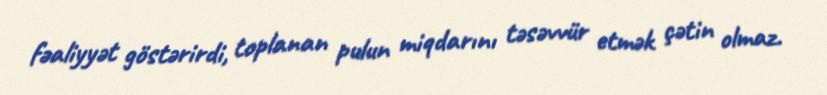
fəaliyyət göstərirdi, toplanan pulun miqdarını təsəvvür etmək çətin olmaz.